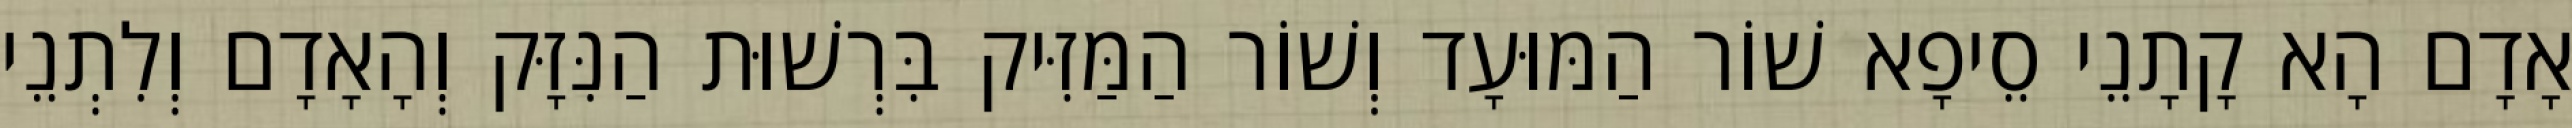
אָדָם הָא קָתָנֵי סֵיפָא שׁוֹר הַמּוּעָד וְשׁוֹר הַמַּזִּיק בִּרְשׁוּת הַנִּזָּק וְהָאָדָם וְלִתְנֵי